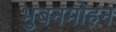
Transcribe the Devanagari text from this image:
भुबनमोहन